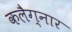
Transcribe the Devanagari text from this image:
कलैग्नार